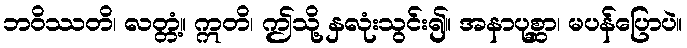
ဘဝိဿတိ၊ လတ္တံ့။ ဣတိ၊ ဤသို့ နှလုံးသွင်း၍။ အနာပုစ္ဆာ၊ မပန်ပြောပဲ။